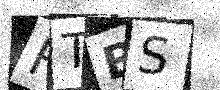
Text: RTBS